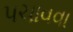
પચાવવા